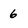
Character: 6